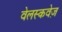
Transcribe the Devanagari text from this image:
वेलस्कवेज़